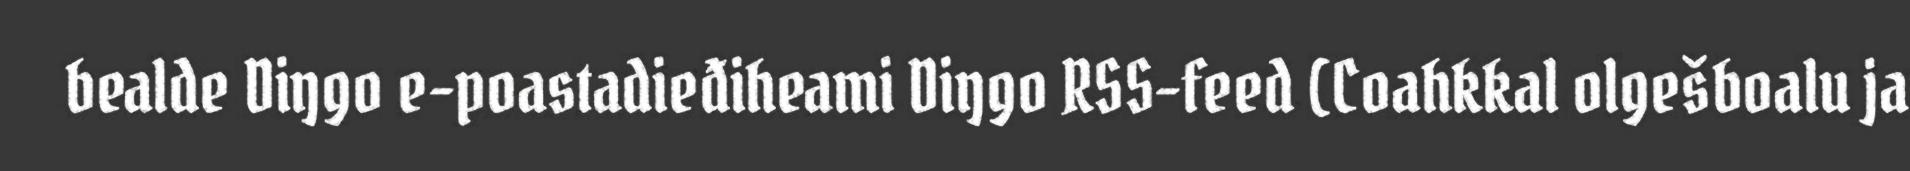
bealde Diŋgo e-poastadieđiheami Diŋgo RSS-feed (Coahkkal olgešboalu ja